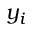
y _ { i }